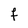
Character: f